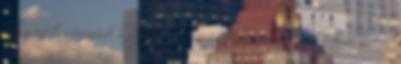
hogy inf-t szerezzünk a szöveg hosszúságáról, szerkezetéről Az előzetes